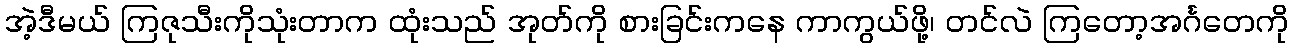
အဲ့ဒီမယ် ကြဇုသီးကိုသုံးတာက ထုံးသည် အုတ်ကို စားခြင်းကနေ ကာကွယ်ဖို့၊ တင်လဲ ကြတော့အင်္ဂတေကို